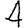
Digit: 4